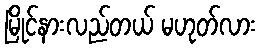
မြိုင်နားလည်တယ် မဟုတ်လား